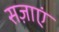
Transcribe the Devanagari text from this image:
सज़ाएं